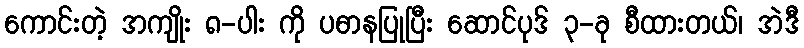
ကောင်းတဲ့ အကျိုး ၈-ပါး ကို ပဓာနပြုပြီး ဆောင်ပုဒ် ၃-ခု စီထားတယ်၊ အဲဒီ